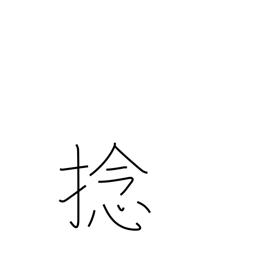
Meaning: twirl